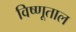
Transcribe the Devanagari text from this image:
विष्णूताल